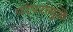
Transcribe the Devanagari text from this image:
परंपरांमुळे